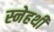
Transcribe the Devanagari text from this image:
स्नेहथी